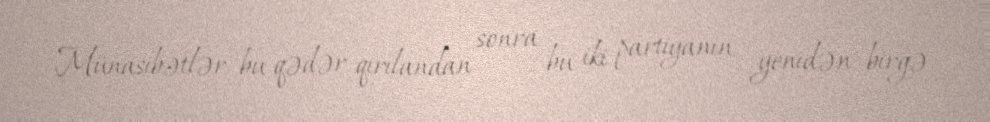
Münasibətlər bu qədər qırılandan sonra bu iki partiyanın yenidən birgə